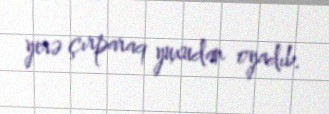
yerə çırparaq yuxudan oyadıb.